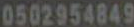
0502954849